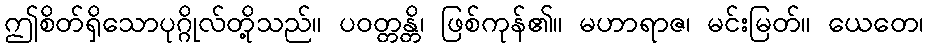
ဤစိတ်ရှိသောပုဂ္ဂိုလ်တို့သည်။ ပဝတ္တန္တိ၊ ဖြစ်ကုန်၏။ မဟာရာဇ၊ မင်းမြတ်။ ယေတေ၊